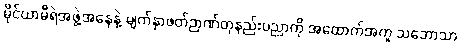
မိုင်ယာမီရဲအဖွဲ့အနေနဲ့ မျက်နှာဖတ်ဉာဏ်တုနည်းပညာကို အထောက်အကူ သဘောသာ